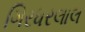
ગિરધરલાલ